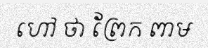
ហៅ ថា ព្រែក ពាម